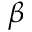
\beta